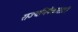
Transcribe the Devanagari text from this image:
राज्यभिषेकासाठी